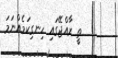
ތީ ރާއްޖޭގައި ހިނގިކަމެއްނަމަ